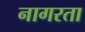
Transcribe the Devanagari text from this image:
नागरता